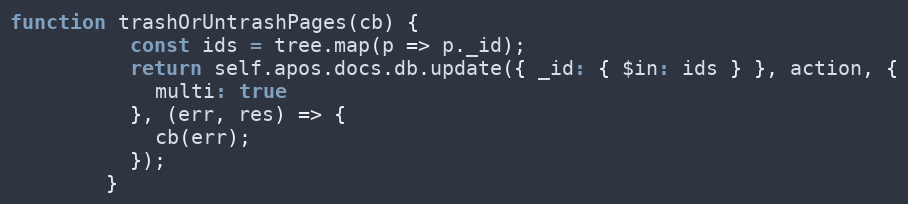
Language: JavaScript
function trashOrUntrashPages(cb) {
          const ids = tree.map(p => p._id);
          return self.apos.docs.db.update({ _id: { $in: ids } }, action, {
            multi: true
          }, (err, res) => {
            cb(err);
          });
        }